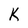
Character: K